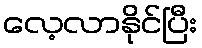
လေ့လာနိုင်ပြီး